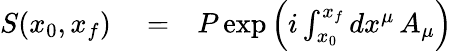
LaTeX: \begin{array}{rlr}{S(x_{0},x_{f})}&{{}=}&{P\exp\left(i\int_{x_{0}}^{x_{f}}dx^{\mu}\, A_{\mu}\right)}\end{array}